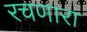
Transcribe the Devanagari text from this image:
रचणारा